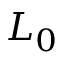
L _ { 0 }